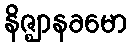
နိဇ္ဈာနခမော